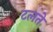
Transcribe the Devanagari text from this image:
टलते